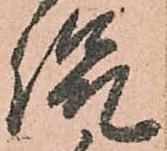
侃